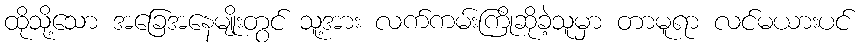
ထိုသို့သော အခြေအနေမျိုးတွင် သူ့အား လက်ကမ်းကြိုဆိုခဲ့သူမှာ တာမူရာ လင်မယားပင်